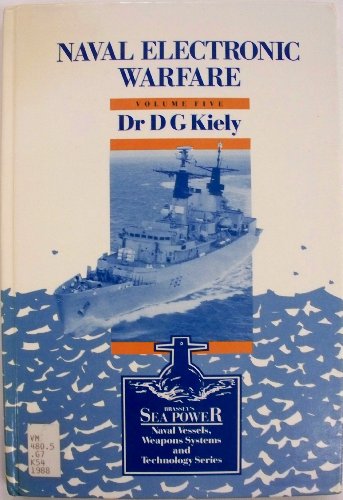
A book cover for Naval Electronic Warfare (Brassey's Sea Power : Naval Vessels, Weapons Systems and Technology Series, Vol 5); D. G. Kiely; History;